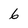
Character: 6